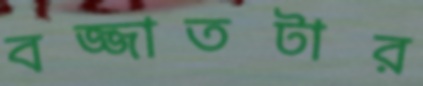
বজ্জাতটার